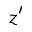
z ^ { \prime }